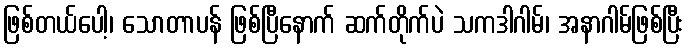
ဖြစ်တယ်ပေါ့၊ သောတာပန် ဖြစ်ပြီနောက် ဆက်တိုက်ပဲ သကဒါဂါမ်၊ အနာဂါမ်ဖြစ်ပြီး